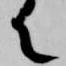
て